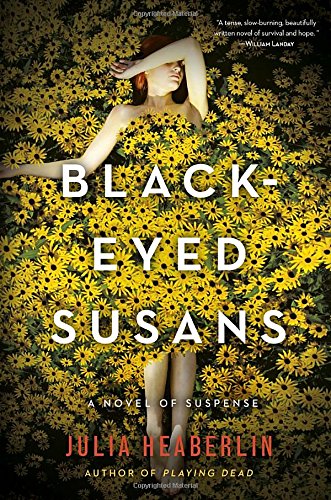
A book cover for Black-Eyed Susans: A Novel of Suspense; Julia Heaberlin; Mystery, Thriller & Suspense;